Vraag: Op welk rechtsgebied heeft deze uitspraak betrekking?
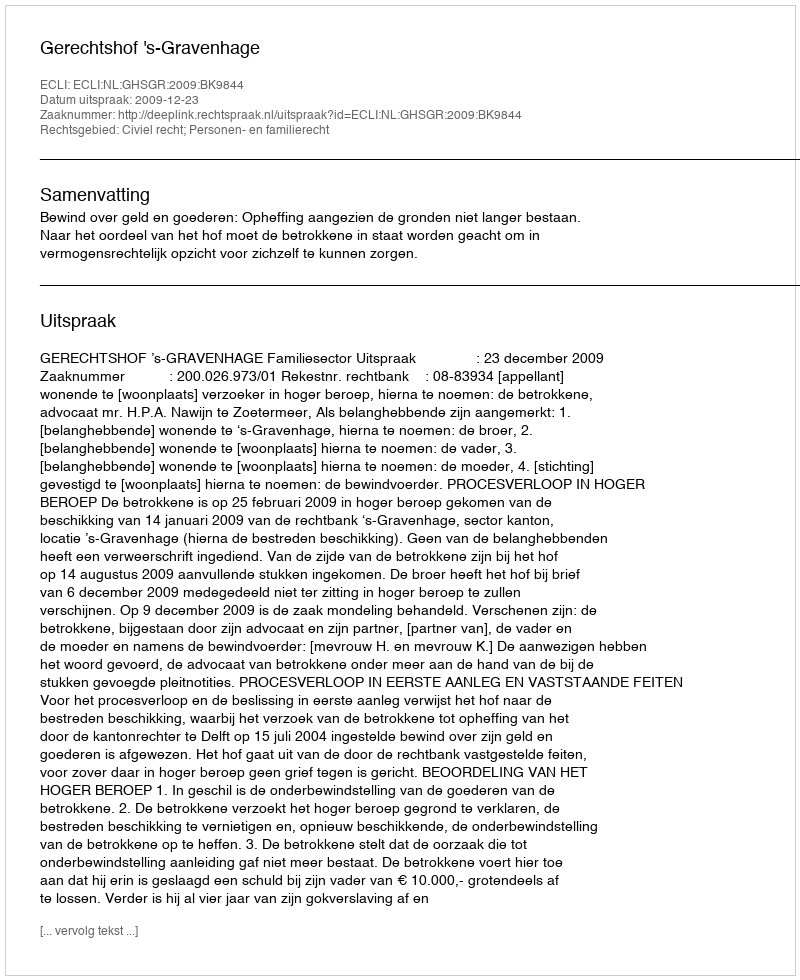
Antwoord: Civiel recht; Personen- en familierecht